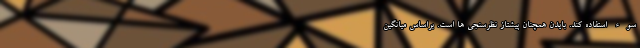
سوء استفاده کند. بایدن همچنان پیشتاز نظرسنجی ها است. براساس میانگین